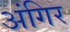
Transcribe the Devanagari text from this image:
अंगिर